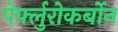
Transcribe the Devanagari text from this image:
पेर्फ़्लुरोकर्बोन